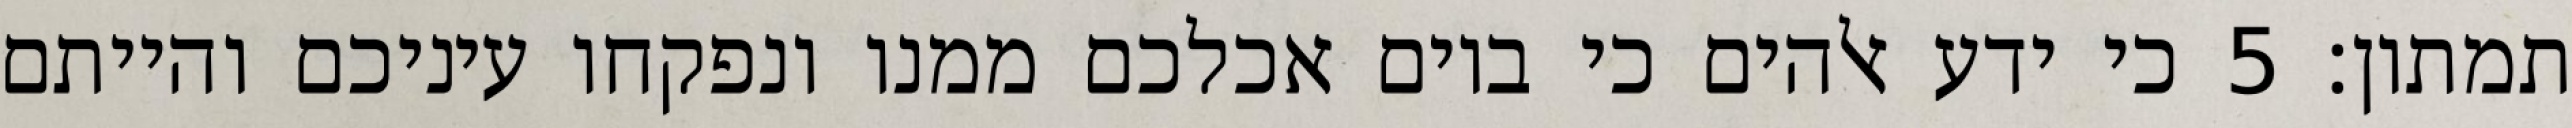
תמתון׃ ‎5‏ כי ידע אלהים כי ביום אכלכם ממנו ונפקחו עיניכם והייתם